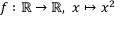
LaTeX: f : \mathbb { R } \to \mathbb { R } , \ x \mapsto x ^ { 2 }